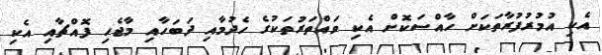
އެކި އުމުރުފުރާތަކަށް ހާއްސަކޮށް އެކި ވައްތަރުތަކުގެ ހެދުމާއި ދަބަހާއި މާޖެހި ފޮއްޗާއި އެކި